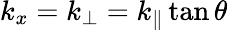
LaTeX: k_{x}=k_{\perp}=k_{\parallel}\tan\theta